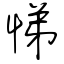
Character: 悌